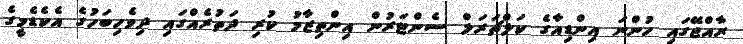
ރާއްޖޭގައި ހުންނަ އިންޑިއާގެ ކަލްޗަރަލް ސެންޓަރުން އިންތިޒާމު ކުރި ދަތުރެއްގައި ދިވެހިބަހުގެ އެކެޑެމީގެ